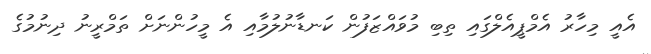
އެއީ މިހާރު އެމްޕީއެލްގައި ތިބި މުވައްޒަފުން ކަނޑާނުލުމާއި އެ މީހުންނަށް ތަމްރީނު ދިނުމުގެ